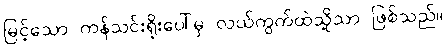
မြင့်သော ကန်သင်းရိုးပေါ်မှ လယ်ကွက်ထဲသို့သာ ဖြစ်သည်။